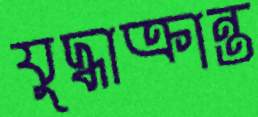
যুদ্ধাক্রান্ত